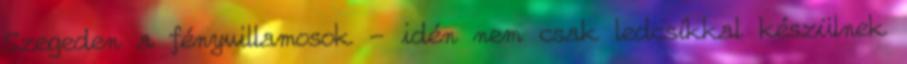
Szegeden a fényvillamosok - idén nem csak ledcsíkkal készülnek